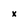
Character: x